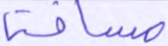
مسافة